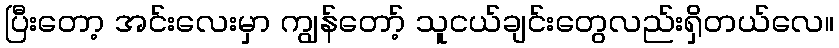
ပြီးတော့ အင်းလေးမှာ ကျွန်တော့် သူငယ်ချင်းတွေလည်းရှိတယ်လေ။